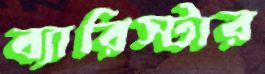
ব্যারিস্টার